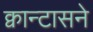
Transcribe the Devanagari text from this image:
क्वान्टासने